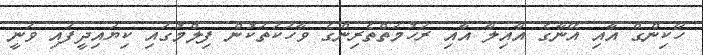
ހޯކިންގް އާއި އޭނާގެ އާއިލާ އާއި ރަހުމަތްތެރިންގެ ވާހަކަތަކުން ފިލްމުގައި ކިޔައިދީފައި ވަނީ